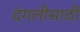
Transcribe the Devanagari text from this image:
दंगलीसाठी